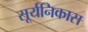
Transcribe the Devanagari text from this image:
सूर्यनिकास